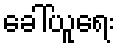
ခေါ်ယူရေး